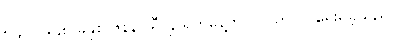
၅၄။ ၁၉၄၈ ခုနှစ် ဇန်နဝါရီ ၄ ရက်နေ့တွင် လွတ်လပ်ရေးရခဲ့သည်။